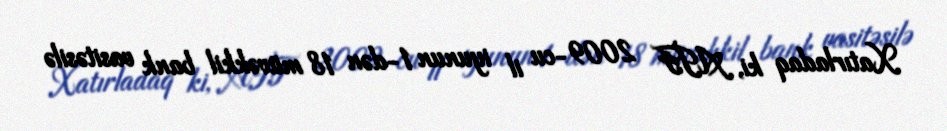
Xatırladaq ki, AİF 2009-cu il iyunun 1-dən 18 müvəkkil bank vasitəsilə